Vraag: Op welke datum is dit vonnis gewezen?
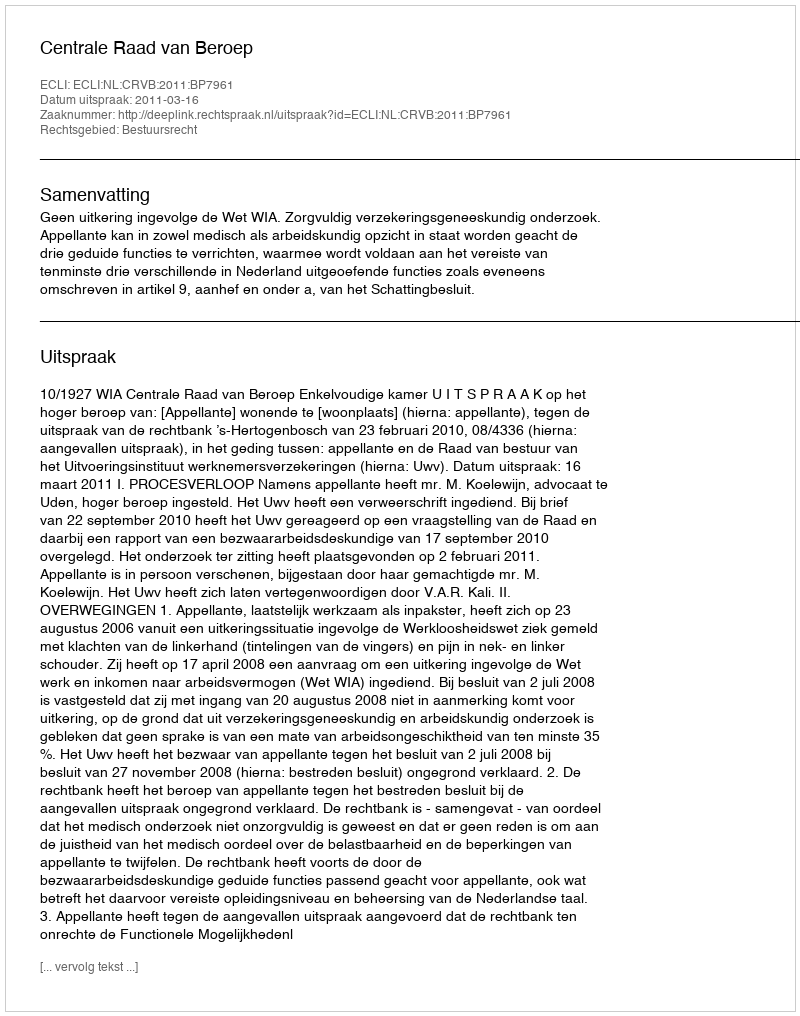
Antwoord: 2011-03-16